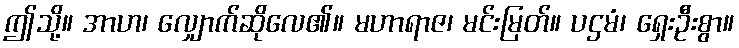
ဤသို့။ အာဟ၊ လျှောက်ဆိုလေ၏။ မဟာရာဇ၊ မင်းမြတ်။ ပဌမံ၊ ရှေးဦးစွာ။